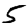
Digit: 5